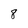
Character: 8